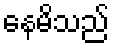
နေမိသည်